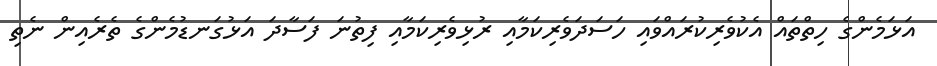
އަޅަމެންގެ ހިތްތައް އެކުވެރިކުރައްވައި ހަސަދަވެރިކަމާއި ރުޅިވެރިކަމާއި ފިތުނަ ފަސާދަ އަޅުގަނޑުމެންގެ ތެރެއިން ނެތި